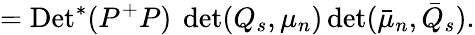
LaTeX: =\mathrm{Det}^{*}(P^{+}P)~\operatorname*{det}(Q_{s},\mu_{n})\operatorname*{det}(\bar{\mu}_{n},\bar{Q}_{s}).